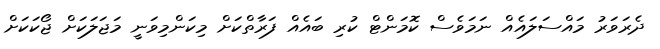
ދެރަވަރު މައްސަލައެއް ނަމަވެސް ކޮމަންޓް ކުރި ބައެއް ފަރާތްކަށް މިކަންމިވަނީ މަޖަލަކަށް ޖޯކަކަށް